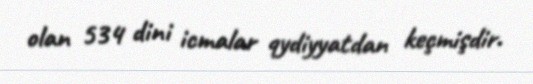
olan 534 dini icmalar qydiyyatdan keçmişdir.